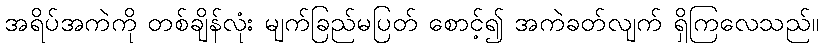
အရိပ်အကဲကို တစ်ချိန်လုံး မျက်ခြည်မပြတ် စောင့်၍ အကဲခတ်လျက် ရှိကြလေသည်။